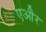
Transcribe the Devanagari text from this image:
एऔर